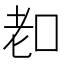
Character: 𦒵